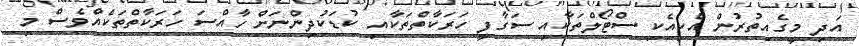
އަދި މީގެއިތުރުން އެކިއެކި ސްޓޯލްތަކާއި ސަގާފީ ހަރަކާތްތަކާއި ކުޑަކުދިންނަށް ހާއްސަ ހަރަކާތްތަކެއްވެސް މި